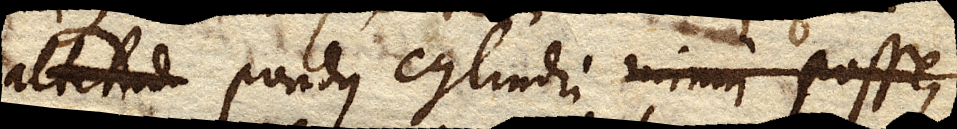
pondus cylindri minus esse